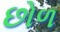
છોળ